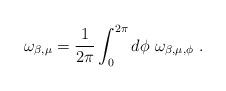
LaTeX: \begin{align*}\omega_{\beta,\mu} = \frac{1}{2\pi} \int_{0}^{2\pi} d\phi \ \omega_{\beta,\mu,\phi} \ .\end{align*}